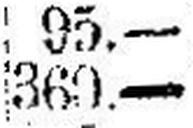
360.—